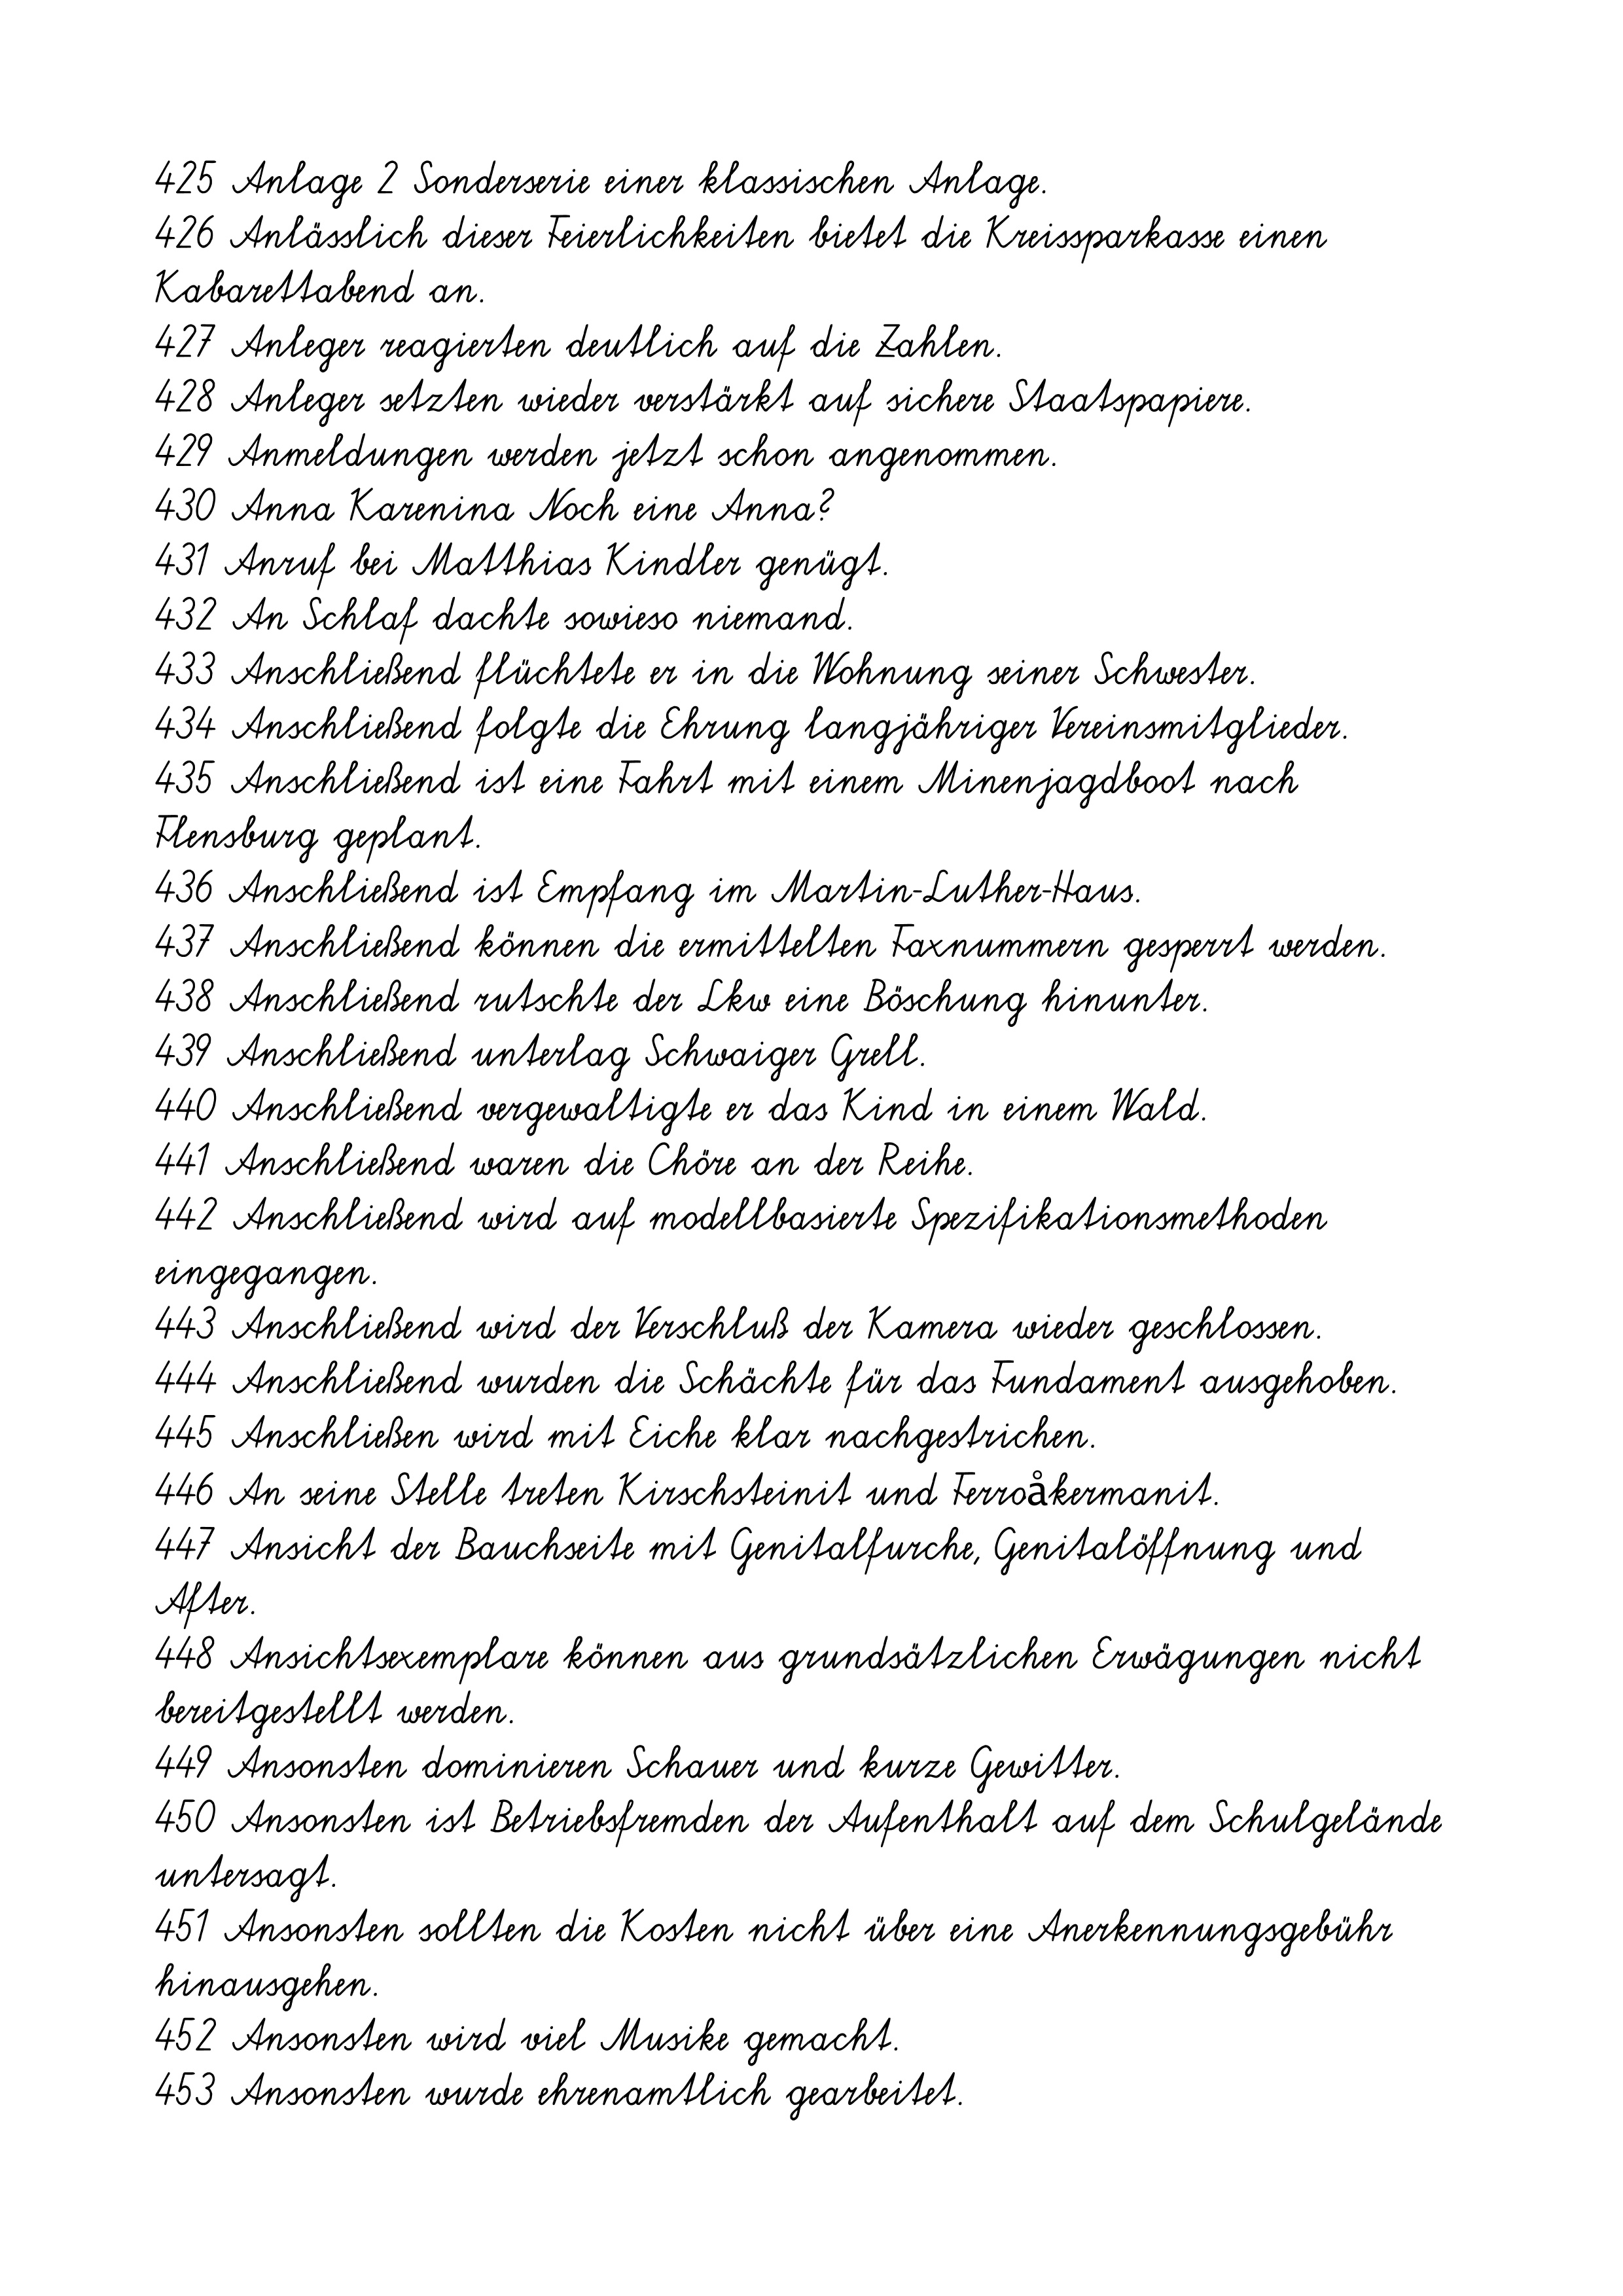
425 Anlage 2 Sonderserie einer klassischen Anlage.
426 Anlässlich dieser Feierlichkeiten bietet die Kreissparkasse einen
Kabarettabend an.
427 Anleger reagierten deutlich auf die Zahlen.
428 Anleger setzten wieder verstärkt auf sichere Staatspapiere.
429 Anmeldungen werden jetzt schon angenommen.
430 Anna Karenina Noch eine Anna?
431 Anruf bei Matthias Kindler genügt.
432 An Schlaf dachte sowieso niemand.
433 Anschließend flüchtete er in die Wohnung seiner Schwester.
434 Anschließend folgte die Ehrung langjähriger Vereinsmitglieder.
435 Anschließend ist eine Fahrt mit einem Minenjagdboot nach
Flensburg geplant.
436 Anschließend ist Empfang im Martin-Luther-Haus.
437 Anschließend können die ermittelten Faxnummern gesperrt werden.
438 Anschließend rutschte der Lkw eine Böschung hinunter.
439 Anschließend unterlag Schwaiger Grell.
440 Anschließend vergewaltigte er das Kind in einem Wald.
441 Anschließend waren die Chöre an der Reihe.
442 Anschließend wird auf modellbasierte Spezifikationsmethoden
eingegangen.
443 Anschließend wird der Verschluß der Kamera wieder geschlossen.
444 Anschließend wurden die Schächte für das Fundament ausgehoben.
445 Anschließen wird mit Eiche klar nachgestrichen.
446 An seine Stelle treten Kirschsteinit und Ferroåkermanit.
447 Ansicht der Bauchseite mit Genitalfurche, Genitalöffnung und
After.
448 Ansichtsexemplare können aus grundsätzlichen Erwägungen nicht
bereitgestellt werden.
449 Ansonsten dominieren Schauer und kurze Gewitter.
450 Ansonsten ist Betriebsfremden der Aufenthalt auf dem Schulgelände
untersagt.
451 Ansonsten sollten die Kosten nicht über eine Anerkennungsgebühr
hinausgehen.
452 Ansonsten wird viel Musike gemacht.
453 Ansonsten wurde ehrenamtlich gearbeitet.